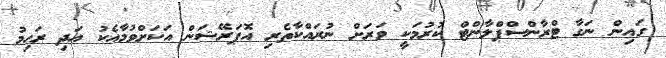
ގައިން ނަގާ ޓްރާންސްޕްލާންޓް ކުރުމަކީ ވަރަށް ނުރައްކާތެރި އޮޕަރޭޝަން އަކަށްވުމާއެކު އަދި ރަޙިމު